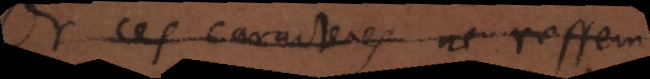
Or ces caracteres ne ressem